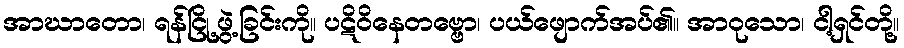
အာဃာတော၊ ရန်ငြို့ဖွဲ့ခြင်းကို။ ပဋိဝိနေတဗ္ဗော၊ ပယ်ဖျောက်အပ်၏။ အာဝုသော၊ ငါ့ရှင်တို့။